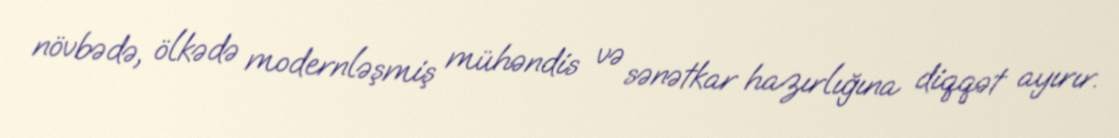
növbədə, ölkədə modernləşmiş mühəndis və sənətkar hazırlığına diqqət ayırır.